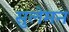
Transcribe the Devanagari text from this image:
सुलेमन